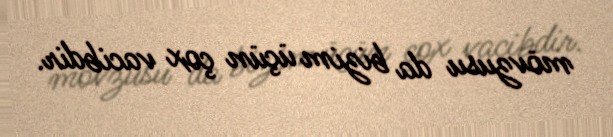
mövzusu da bizim üçün çox vacibdir.